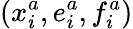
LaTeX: (x_{i}^{a},e_{i}^{a},f_{i}^{a})